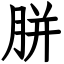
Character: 胼